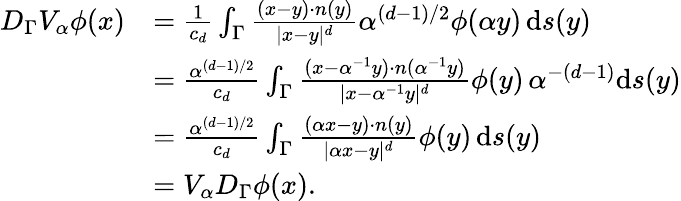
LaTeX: \begin{array}{rl}{D_{\Gamma}V_{\alpha}\phi(x)}&{=\frac{1}{c_{d}}\int_{\Gamma}\frac{(x-y)\cdot n(y)}{|x-y|^{d}}\alpha^{(d-1)/2}\phi(\alpha y)\, \mathrm{d}s(y)}\\ &{=\frac{\alpha^{(d-1)/2}}{c_{d}}\int_{\Gamma}\frac{(x-\alpha^{-1}y)\cdot n(\alpha^{-1}y)}{|x-\alpha^{-1}y|^{d}}\phi(y)\, \alpha^{-(d-1)}\mathrm{d}s(y)}\\ &{=\frac{\alpha^{(d-1)/2}}{c_{d}}\int_{\Gamma}\frac{(\alpha x-y)\cdot n(y)}{|\alpha x-y|^{d}}\phi(y)\, \mathrm{d}s(y)}\\ &{=V_{\alpha}D_{\Gamma}\phi(x).}\end{array}